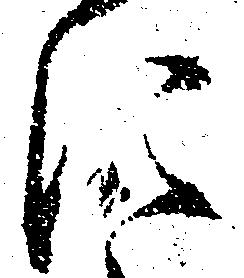
に